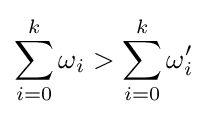
\sum _{i=0}^{k}\omega _{i}>\sum _{i=0}^{k}\omega '_{i}